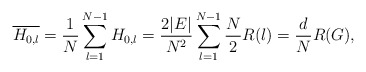
\begin{align*} \overline{H_{0,l}}=\frac{1}{N}\sum_{l=1}^{N-1} H_{0,l} =\frac{2\vert E\vert}{N^2}\sum_{l=1}^{N-1}\frac{N}{2}R(l)=\frac{d}{N}R(G),\end{align*}